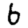
Digit: 6